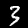
Digit: 3